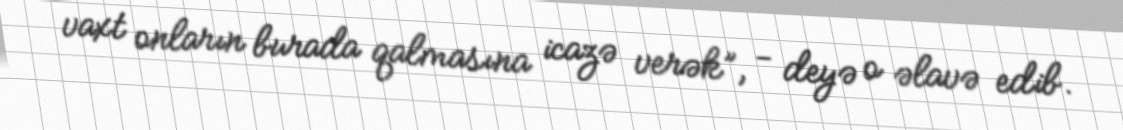
vaxt onların burada qalmasına icazə verək”, - deyə o əlavə edib.